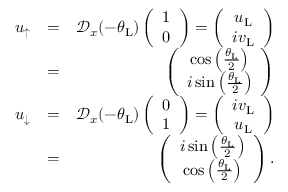
\begin{array} { r l r } { u _ { \uparrow } } & { = } & { \mathcal { D } _ { x } ( - \theta _ { \mathrm { L } } ) \left( \begin{array} { c } { 1 } \\ { 0 } \end{array} \right) = \left( \begin{array} { c } { u _ { \mathrm { L } } } \\ { i v _ { \mathrm { L } } } \end{array} \right) } \\ & { = } & { \left( \begin{array} { c c } { \cos \left( \frac { \theta _ { \mathrm { L } } } { 2 } \right) } \\ { i \sin \left( \frac { \theta _ { \mathrm { L } } } { 2 } \right) } \end{array} \right) } \\ { u _ { \downarrow } } & { = } & { \mathcal { D } _ { x } ( - \theta _ { \mathrm { L } } ) \left( \begin{array} { c } { 0 } \\ { 1 } \end{array} \right) = \left( \begin{array} { c } { i v _ { \mathrm { L } } } \\ { u _ { \mathrm { L } } } \end{array} \right) } \\ & { = } & { \left( \begin{array} { c c } { i \sin \left( \frac { \theta _ { \mathrm { L } } } { 2 } \right) } \\ { \cos \left( \frac { \theta _ { \mathrm { L } } } { 2 } \right) } \end{array} \right) . } \end{array}